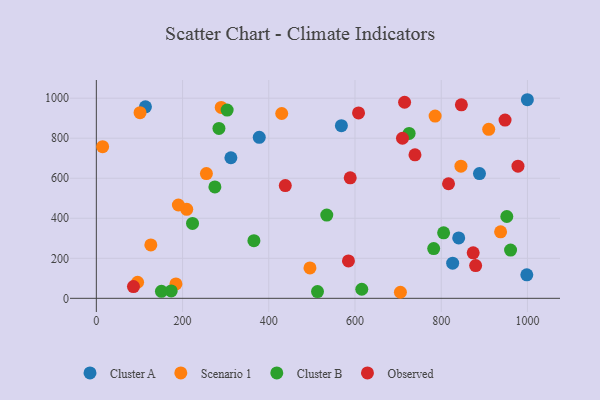
{"axis": {"x": "Engine Size", "y": "Sales"}, "legend": ["Cluster A", "Cluster B", "Observed", "Scenario 1"], "data": [{"x": "888.7", "y": 623.4, "type": "Cluster A"}, {"x": "377.9", "y": 804.4, "type": "Cluster A"}, {"x": "840.5", "y": 301.6, "type": "Cluster A"}, {"x": "568.4", "y": 862.7, "type": "Cluster A"}, {"x": "999.8", "y": 992.4, "type": "Cluster A"}, {"x": "826.5", "y": 175.5, "type": "Cluster A"}, {"x": "113.9", "y": 956.8, "type": "Cluster A"}, {"x": "312.1", "y": 702.4, "type": "Cluster A"}, {"x": "998.5", "y": 117.3, "type": "Cluster A"}, {"x": "126.4", "y": 266.8, "type": "Scenario 1"}, {"x": "184.6", "y": 71.9, "type": "Scenario 1"}, {"x": "14.6", "y": 758.0, "type": "Scenario 1"}, {"x": "910.1", "y": 844.3, "type": "Scenario 1"}, {"x": "101.4", "y": 927.6, "type": "Scenario 1"}, {"x": "785.8", "y": 910.6, "type": "Scenario 1"}, {"x": "430.0", "y": 923.6, "type": "Scenario 1"}, {"x": "495.5", "y": 152.0, "type": "Scenario 1"}, {"x": "937.7", "y": 332.3, "type": "Scenario 1"}, {"x": "845.7", "y": 660.3, "type": "Scenario 1"}, {"x": "95.7", "y": 80.2, "type": "Scenario 1"}, {"x": "289.7", "y": 954.0, "type": "Scenario 1"}, {"x": "255.3", "y": 623.4, "type": "Scenario 1"}, {"x": "209.7", "y": 444.8, "type": "Scenario 1"}, {"x": "705.3", "y": 30.2, "type": "Scenario 1"}, {"x": "190.3", "y": 466.4, "type": "Scenario 1"}, {"x": "952.1", "y": 408.9, "type": "Cluster B"}, {"x": "615.7", "y": 45.3, "type": "Cluster B"}, {"x": "513.0", "y": 33.5, "type": "Cluster B"}, {"x": "223.1", "y": 374.1, "type": "Cluster B"}, {"x": "275.0", "y": 556.6, "type": "Cluster B"}, {"x": "782.5", "y": 248.5, "type": "Cluster B"}, {"x": "173.7", "y": 37.1, "type": "Cluster B"}, {"x": "151.0", "y": 34.9, "type": "Cluster B"}, {"x": "303.4", "y": 940.6, "type": "Cluster B"}, {"x": "365.5", "y": 288.3, "type": "Cluster B"}, {"x": "960.8", "y": 241.1, "type": "Cluster B"}, {"x": "805.5", "y": 327.1, "type": "Cluster B"}, {"x": "725.5", "y": 824.2, "type": "Cluster B"}, {"x": "284.4", "y": 848.8, "type": "Cluster B"}, {"x": "534.5", "y": 416.1, "type": "Cluster B"}, {"x": "588.9", "y": 602.0, "type": "Observed"}, {"x": "710.1", "y": 799.9, "type": "Observed"}, {"x": "879.8", "y": 163.6, "type": "Observed"}, {"x": "874.1", "y": 227.2, "type": "Observed"}, {"x": "715.0", "y": 979.8, "type": "Observed"}, {"x": "438.3", "y": 563.5, "type": "Observed"}, {"x": "584.8", "y": 186.7, "type": "Observed"}, {"x": "948.0", "y": 890.8, "type": "Observed"}, {"x": "739.1", "y": 717.2, "type": "Observed"}, {"x": "978.0", "y": 660.5, "type": "Observed"}, {"x": "846.7", "y": 967.1, "type": "Observed"}, {"x": "86.1", "y": 58.7, "type": "Observed"}, {"x": "816.9", "y": 572.6, "type": "Observed"}, {"x": "608.2", "y": 926.4, "type": "Observed"}]}